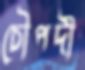
চৌপদী